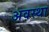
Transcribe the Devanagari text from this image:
अवस्‍था